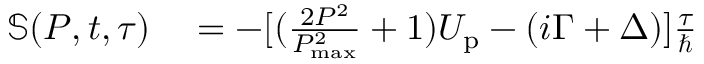
\begin{array} { r l } { \mathbb { S } ( P , t , \tau ) } & { { } = - [ ( \frac { 2 P ^ { 2 } } { P _ { \mathrm { m a x } } ^ { 2 } } + 1 ) U _ { \mathrm { p } } - ( i \Gamma + \Delta ) ] \frac { \tau } { \hbar } } \end{array}